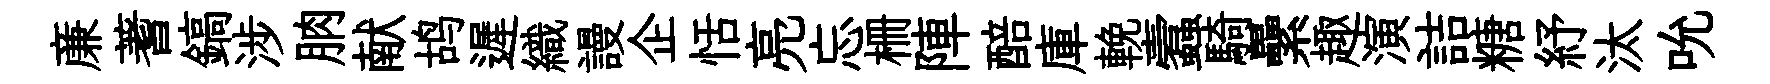
亷蓍鎬涉朒献鸪遲織謾企恬亮忘栅陣醅庫輓蠧騎纍趣演詰糖紓汰吮